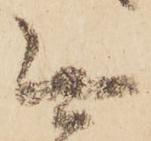
無